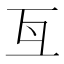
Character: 𠀕